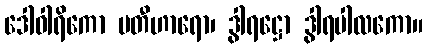
ဒေါဝါရိကော ပတီဟာရော၊ ဒွါရဋ္ဌော ဒွါရပါလကော။